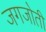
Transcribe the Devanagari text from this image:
जगजोती